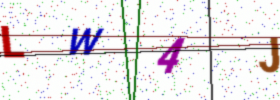
Text: LW4J